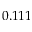
0 . 1 1 1